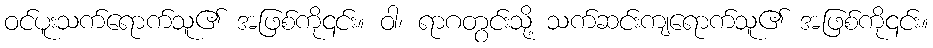
ဝင်ပူးသက်ရောက်သူ၏ အဖြစ်ကို၎င်း။ ဝါ၊ ရာဂတွင်းသို့ သက်ဆင်းကျရောက်သူ၏ အဖြစ်ကို၎င်း။